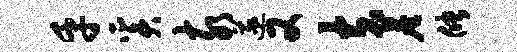
乎奚亥遂又夫尘储